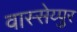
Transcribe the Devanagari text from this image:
वास्सेय्पुर